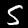
Digit: 5